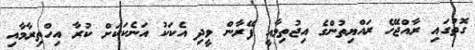
ގޮތުގައި ރާއްޖޭހެ ރައްޔިތުންގެ އިޖުތިމާއީ ފޭރާން ވީދި އެކަކު އަނެކަކަށް ކުރާ އިހްތިރާމާއި